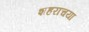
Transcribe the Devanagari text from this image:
शहराचया